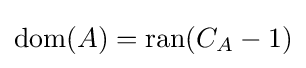
\operatorname {dom} (A)=\operatorname {ran} (C_{A}-1)